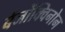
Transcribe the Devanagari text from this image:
बेंजोंक्विनोन